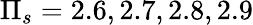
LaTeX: \Pi_{s}=2.6,2.7,2.8,2.9